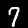
Label: 7